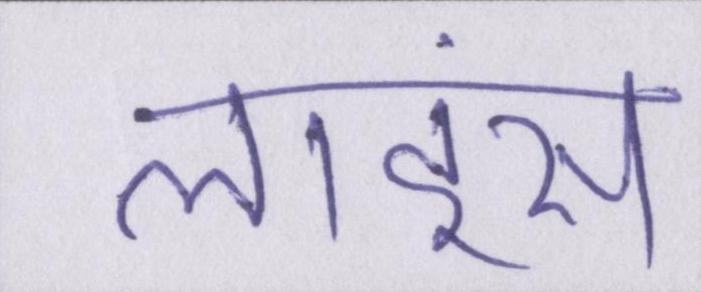
लाइंस